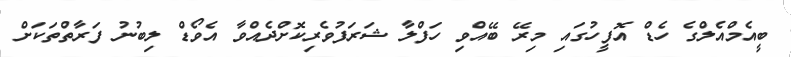
ބީއެމްއެލްގެ ހެޑް އޮފީހުގައި މިރޭ ބޭއްވި ހަފްލާ ޝަރަފުވެރިކޮށްދެއްވާ އެވޯޑް ލިބުނު ފަރާތްތަކަށް